Annual administration report of the Civil Veterinary Department of India - 1896-1897
Year: 1896
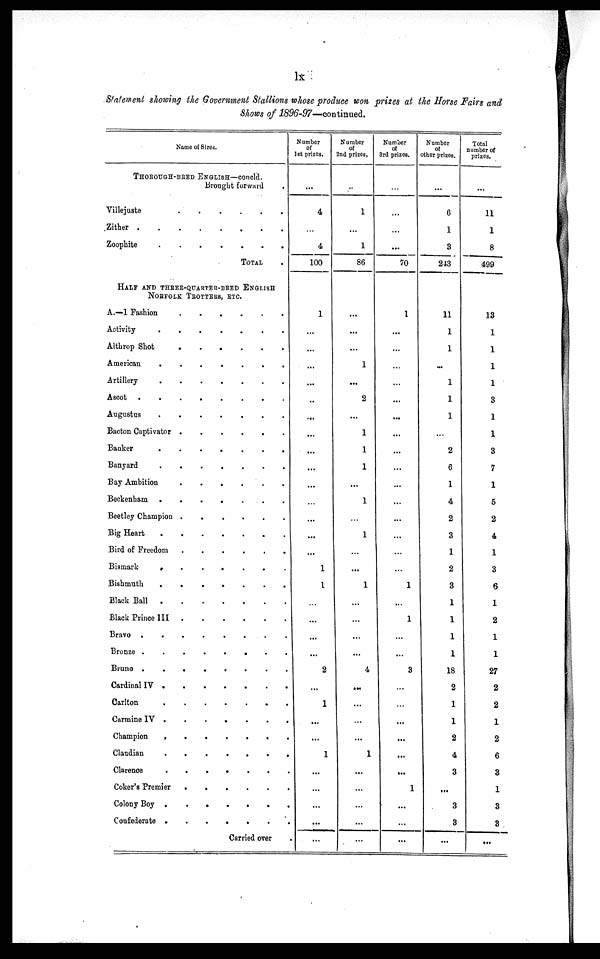
lx
Statement showing the Government Stallions whose produce won prizes at the Horse Fairs and
Shows of 1896-97—continued.
Name of Sires.
THOROUGH-BRED ENGLISH—concld.
Brought forward .
Villejuste
.
.
.
.
.
.
Zither
.
.
.
.
.
.
.
.
Zoophite
.
.
.
.
.
.
.
TOTAL
HALF AND THREE-QUARTER-BRED ENGLISH
NORFOLK TROTTERS, ETC.
A.—1 Fashion
.
.
.
.
.
.
Activity
.
.
.
.
.
.
.
Althrop Shot
.
.
.
.
.
.
American
.
.
.
.
.
.
.
Artillery
Ascot
Augustus
Bacton Captivator
.
.
.
.
.
.
Bauker
.
.
.
.
.
.
.
Banyard
.
.
.
.
.
.
.
Bay Ambition
.
.
.
.
.
.
Beckenham
.
.
.
.
.
.
.
Beetley Champion . . . . . .
Big Heart
.
.
.
.
.
.
.
Bird of Freedom
.
.
.
.
.
.
Bismark
.
.
.
.
.
.
Bishmuth
.
.
.
.
.
.
.
Black Ball
.
.
.
.
.
.
.
Black Prince III
.
.
.
.
.
.
Bravo
.
.
.
.
.
.
.
Bronze
.
.
.
.
.
.
.
Bruno
.
.
.
.
.
.
.
Cardinal IV . . . . . . .
Carlton
.
.
.
.
.
.
.
Carmine IV . . . . . . .
Champion
.
.
.
.
.
.
.
Claudian
.
.
.
.
.
.
.
Clarence
.
.
.
.
.
.
.
Coker's Premier . . . . . . .
Colony Boy
.
.
.
.
.
.
.
Confederate
.
.
.
.
.
.
.
Carried over .
Number
of
1st prizes.
...
4
4
100
1
...
...
...
...
..
...
...
...
...
...
...
...
...
...
1
1
...
...
...
...
2
...
1
...
...
1
..
...
...
...
...
Number
of
2nd prizes.
1
...
1
86
...
...
...
1
...
2
...
1
1
1
...
1
1
...
1
...
...
...
...
4
...
...
...
...
1
...
...
...
...
...
Number
of
3rd prizes.
...
...
70
1
...
...
...
...
...
...
...
...
...
...
...
...
...
...
...
1
...
1
...
...
3
...
...
...
...
...
1
...
...
...
Number
of
other prizes.
...
6
1
3
243
11
1
1
...
1
1
1
...
2
6
1
4
2
3
1
2
3
1
1
1
1
18
2
1
1
2
4
3
...
3
3
...
Total
number of
prizes.
...
11
1
8
499
13
1
1
1
1
3
1
1
3
7
1
5
2
4
1
3
6
1
2
1
1
27
2
2
1
2
6
3
1
3
3
...